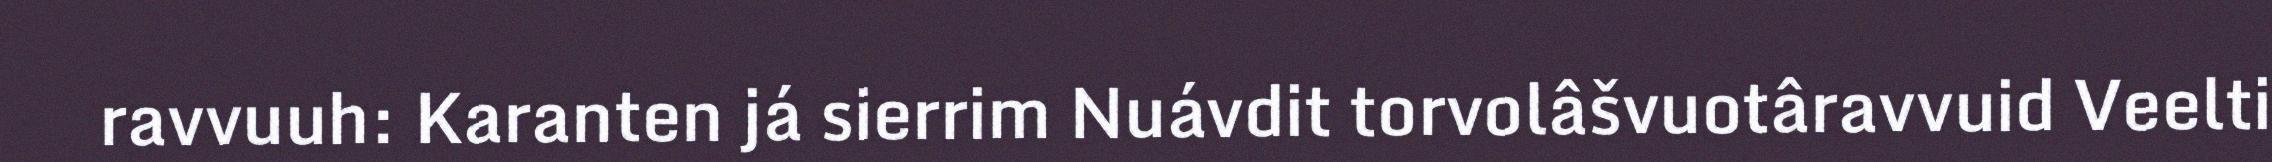
ravvuuh: Karanten já sierrim Nuávdit torvolâšvuotâravvuid Veelti